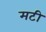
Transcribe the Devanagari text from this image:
मटी